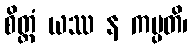
စိတ္တံ ယဿ န ကမ္ပတိ၊